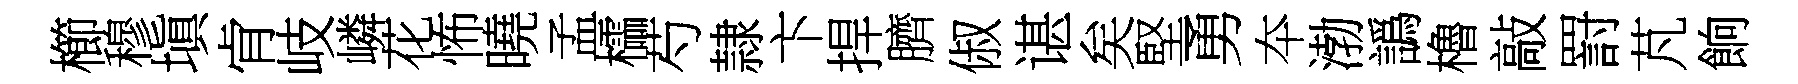
櫛穆塡肻岐嶙花怖曉孟櫺芍隷卞捍臍俶谌矣堅勇夲渤譌櫓敲罸芃餉